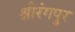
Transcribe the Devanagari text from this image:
श्रीरंगपुर